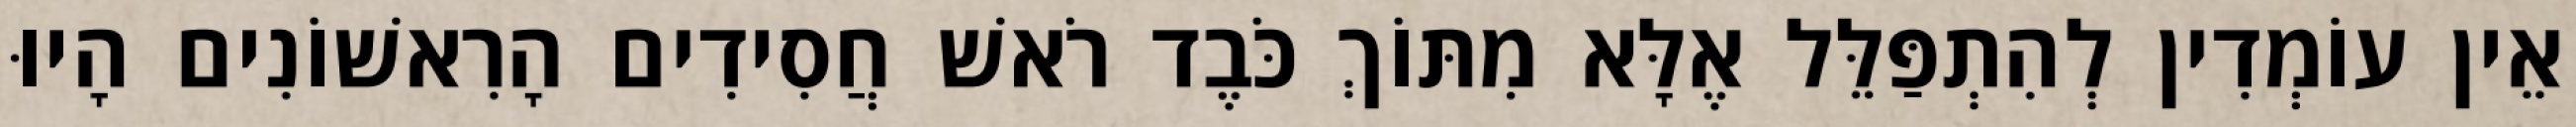
אֵין עוֹמְדִין לְהִתְפַּלֵּל אֶלָּא מִתּוֹךְ כֹּבֶד רֹאשׁ חֲסִידִים הָרִאשׁוֹנִים הָיוּ